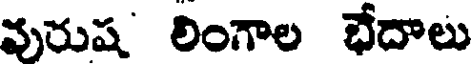
వురుష లింగాల భేదాలు